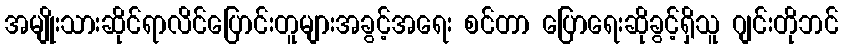
အမျိုးသားဆိုင်ရာလိင်ပြောင်းတူများအခွင့်အရေး စင်တာ ပြောရေးဆိုခွင့်ရှိသူ ဂျင်းတိုဘင်